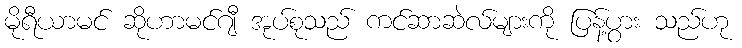
မိုရီယာမင် ဆိုဟာမင်ဂျီ အုပ်စုသည် ကင်ဆာဆဲလ်များကို ပြန့်ပွား သည်ဟု